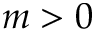
m > 0